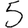
Digit: 5